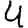
Digit: 4